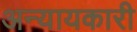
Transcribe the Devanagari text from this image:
अन्यायकारी